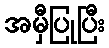
အမှီပြုပြီး